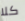
كلا